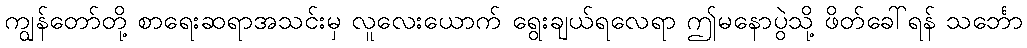
ကျွန်တော်တို့ စာရေးဆရာအသင်းမှ လူလေးယောက် ရွေးချယ်ရလေရာ ဤမနောပွဲသို့ ဖိတ်ခေါ်ရန် သင်္ဘော